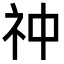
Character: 祌